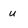
Character: u